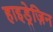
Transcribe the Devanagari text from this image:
हाइड्रेज़िन